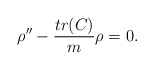
\begin{align*}\rho^{\prime\prime}-\frac{tr(C)}{m}\rho=0.\end{align*}